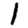
Digit: 1